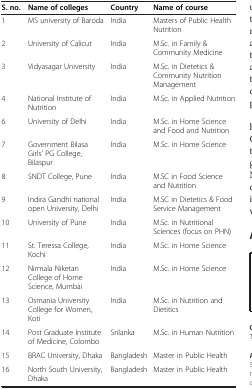
<table><thead><tr><td><b>S. no.</b></td><td><b>Name of colleges</b></td><td><b>Country</b></td><td><b>Name of course</b></td></tr></thead><tbody><tr><td>1</td><td>MS university of Baroda</td><td>India</td><td>Masters of Public Health Nutrition</td></tr><tr><td>2</td><td>University of Calicut</td><td>India</td><td>M.Sc. in Family &amp; Community Medicine</td></tr><tr><td>3</td><td>Vidyasagar University</td><td>India</td><td>M.Sc. in Dietetics &amp; Community Nutrition Management</td></tr><tr><td>4</td><td>National Institute of Nutrition</td><td>India</td><td>M.Sc. in Applied Nutrition</td></tr><tr><td>6</td><td>University of Delhi</td><td>India</td><td>M.Sc. in Home Science and Food and Nutrition</td></tr><tr><td>7</td><td>Government Bilasa Girls’ PG College, Bilaspur</td><td>India</td><td>M.Sc. in Home Science</td></tr><tr><td>8</td><td>SNDT College, Pune</td><td>India</td><td>M.SC in Food Science and Nutrition</td></tr><tr><td>9</td><td>Indira Gandhi national open University, Delhi</td><td>India</td><td>M.SC in Dietetics &amp; Food Service Management</td></tr><tr><td>10</td><td>University of Pune</td><td>India</td><td>M.Sc. in Nutritional Sciences (focus on PHN)</td></tr><tr><td>11</td><td>St. Teressa College, Kochi</td><td>India</td><td>M.Sc. in Home Science</td></tr><tr><td>12</td><td>Nirmala Niketan College of Home Science, Mumbai</td><td>India</td><td>M.Sc. in Home Science</td></tr><tr><td>13</td><td>Osmania University College for Women, Koti</td><td>India</td><td>M.Sc. in Nutrition and Dietitics</td></tr><tr><td>14</td><td>Post Graduate Institute of Medicine, Colombo</td><td>Srilanka</td><td>M.Sc. in Human Nutrition</td></tr><tr><td>15</td><td>BRAC University, Dhaka</td><td>Bangladesh</td><td>Master in Public Health</td></tr><tr><td>16</td><td>North South University, Dhaka</td><td>Bangladesh</td><td>Master in Public Health</td></tr></tbody></table>